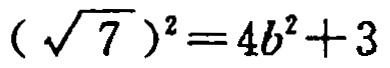
$(\sqrt{7})^{2}=4b^{2}+3$